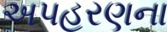
અપહરણના